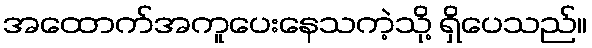
အထောက်အကူပေးနေသကဲ့သို့ ရှိပေသည်။